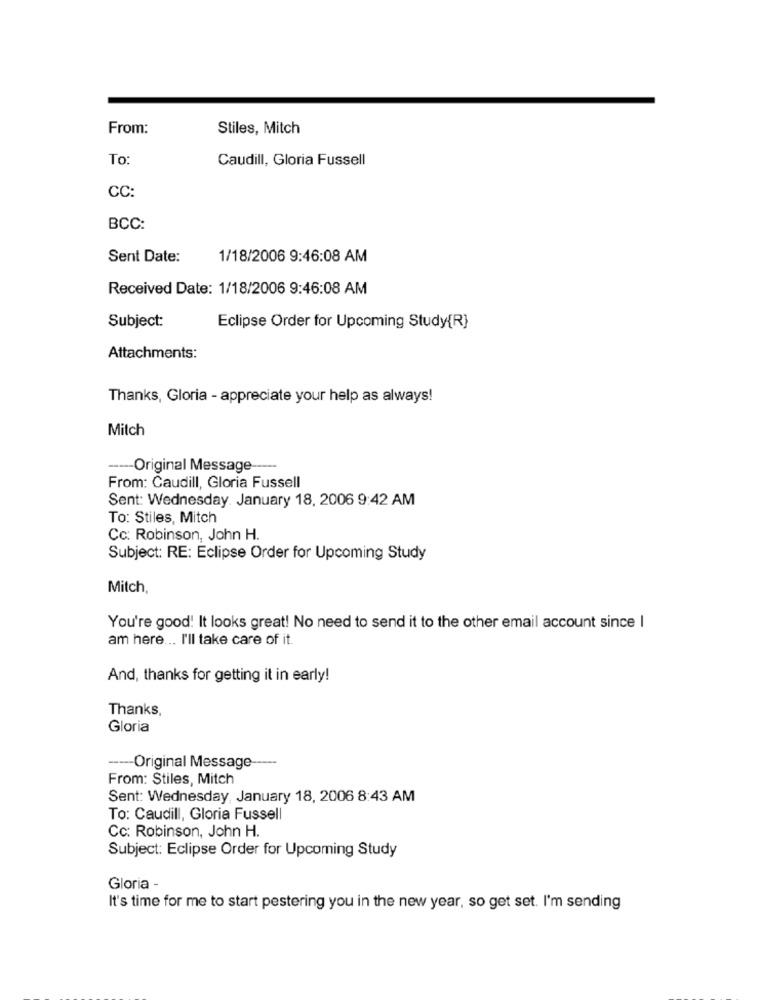
From:
Stiles, Mitch
To
Caudill, Gloria Fussell
CC:
BCC:
Sent Date:
1/18/2006 9:46:08 AM
Received Date: 1/18/2006 9:46:08 AM
Subject:
Eclipse Order for Upcoming Study{R}
Attachments:
Thanks, Gloria - appreciate your help as always!
Mitch
---- Original Message
From: Caudill, Gloria Fussell
Sent: Wednesday, January 18, 2006 9:42 AM
To: Stiles, Mitch
Cc: Robinson, John H.
Subject: RE: Eclipse Order for Upcoming Study
Mitch,
You're good! It looks great! No need to send it to the other email account since I
am here ... I'll take care of it.
And, thanks for getting it in early!
Thanks,
Gloria
---- Original Message
From: Stiles, Mitch
Sent: Wednesday, January 18, 2006 8:43 AM
To: Caudill, Gloria Fussell
Cc: Robinson, John H.
Subject: Eclipse Order for Upcoming Study
Gloria -
It's time for me to start pestering you in the new year, so get set. I'm sending